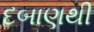
દબાણથી